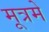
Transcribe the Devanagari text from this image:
मूत्रमें